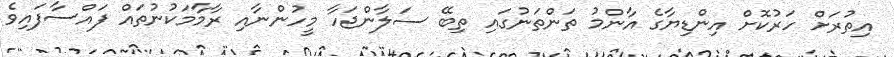
އިތުރަށް ހަރުކޮށް އިންޑިޔާގެ އާންމު ތަންތަނުގައި ތިބޭ ސަލާންޖަހާ މީހުންނާއި ރާމާމަކުނުތައް ފައްސާފައިވެ